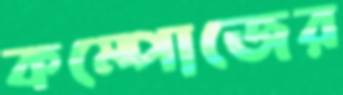
কম্পোজের